Medical and sanitary report of the native army of Madras for the year
Year: 1872
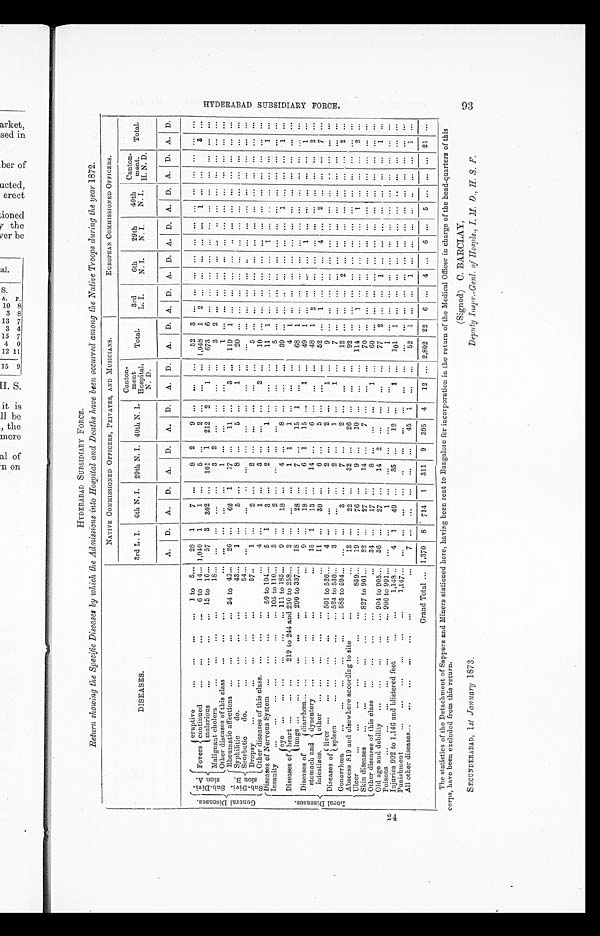
SECUNDERABAD, 1 st January 1873.
(Signed) C. BARCLAY,
Deputy Inspr.-Genl. of Hospls., I. M. D., H. S. F.
HYDERABAD SUBSIDIARY FORCE.
Return showing the Specific Diseases by which the Admissions into Hospital and Deaths have been occurred among the Native Troops during the year 1872.
DISEASES.
NATIVE COMMISSIONED OFFICERS, PRIVATES, AND MUSICIANS.
EUROPEAN COMMISSIONED OFFICERS.
3rd L. I. 6th N. I. 29th N. I. 40th N. L
Canton-
ment
Hospital,
N. D.
Total.
3rd
L. I.
6th
N. I.
29th
N. I.
40th
N. I.
Canton-
ment.
H N. D.
Total.
A. D. A. D. A. D.
A. D.
A. D.
A. D. A. D. A. D. A. D. A. D. A. D. A. D.
G e n e r a l D i s e a s e s .
S u b - D i v i - s i o n A .
Fevers
eruptive 1 to 5
28 1
7 ...
8 2
9 ...
. . . . . .
5 2
3
. . .
. . .
. . . . . .
. . .
. . .
. . .
. . .
. . .
. . .
. . .
. . .
continued 6 to 14 1,040 1
1
. . .
5
. . .
2 ...
...
... 1,048 1 2 ... ... ... ... ... 1
. . .
. . .
3
. . .
malarious 15 to 16
57 3 302 ... 101 1 212 2
1 ...
6 7 3
6
. . .
. . .
. . . . . .
. . .
. . .
. . .
. . .
. . .
. . .
. . .
. . .
Malignant cholera 18
...
...
. . . . . .
3 2 ... ... ...
...
3
2
. . .
. . .
. . . . . .
. . .
. . .
. . .
. . .
. . .
. . . . . .
. . .
Other diseases of this class
. . .
. . .
. . . . . .
1 ...
. . .
. . .
. . . ...
1
. . .
. . .
. . .
. . . . . .
. . .
. . .
. . .
. . .
. . .
. . .
. . .
. . .
S u b - D i v i - s i o n B .
Rheumatic affections 34 to 42
26 ...
62 1
17 ...
11 ...
3
. . . 119 1
. . .
. . .
. . .
. . .
. . .
. . .
. . .
. . .
. . .
. . .
. . .
. . .
Syphilitic
do.
43
1 ...
5 ...
8 ...
5 ...
1
. . .
2 0
. . .
. . .
. . .
. . . . . .
. . .
. . .
. . .
. . .
. . .
. . .
. . .
. . .
Scorbutic
do.
54
...
...
...
... ...
. . .
. . . ...
...
...
. . .
. . .
. . .
. . .
. . . . . .
. . .
. . . . . .
. . . ...
. . . ... ...
Dropsy
57
1
. . .
2 ....
2 ...
. . .
. . . ...
. . .
5
. . .
. . .
. . .
. . . . . .
. . .
. . .
. . .
. . .
. . .
. . .
. . .
. . .
Other diseases of this class.
4
. . .
1
. . .
3 ...
...
...
2
. . .
10
. . .
. . .
. . .
. . . . . .
. . .
. . .
. . .
. . .
. . .
. . .
. . .
. . .
L o c a l D i s e a s e s .
Diseases of Nervous System 59 to 104
5 1
3
. . .
2
. . .
1
. . .
. . .
. . . 11 1 ... ... ... ...
1
. . .
. . .
. . .
. . .
. . . 1
. . .
Insanity 105 to 110
3
. . .
2
. . .
. . . . . .
. . . ...
...
. . .
5
. . .
. . .
. . .
. . . . . .
. . .
. . .
. . .
. . .
. . .
. . .
. . .
. . .
Diseases of
eye 111 to 185
9 ...
18 ...
4 ...
8 ...
...
. . .
3 9
. . .
. . .
. . .
. . . . . .
. . .
. . .
1
. . .
. . .
. . . 1 ...
heart 219 to 244 and 250 to 258
2 ...
...
...
1 1
1 ...
...
...
4 1
. . .
. . .
. . .
. . .
. . .
. . .
. . . . . .
. . .
. . .
. . .
. . .
lungs 290 to 337
18
. . .
28
. . .
7
. . .
15 1
. . . . . .
68 1
. . .
. . .
. . . . . .
. . .
. . .
. . .
. . .
. . .
. . .
. . .
. . .
Diseases of
stomach an
d intestines.
diarrhœa
9 ...
18 ...
6 1
15
. . .
1 ...
4 9
1
. . .
. . .
. . . . . .
1
. . .
. . .
. . .
. . .
. . .
1
. . .
dysentery
15 1
13 ...
14 ...
6
. . .
. . . ...
4 8
1
2
. . .
. . . . . .
. . .
. . .
. . .
. . .
. . .
. . . 2
. . .
other
11
. . . 30
. . .
6 ...
5
. . .
. . .
. . .
5 2
. . .
1
. . .
. . . . . .
4
. . .
2
. . .
. . .
. . . 7
. . .
Diseases of liver
501 to 520
4
. . . ...
. . .
2
. . .
2
. . .
1
. . .
9
. . .
. . .
. . .
. . . . . .
. . .
. . .
. . .
. . .
. . .
. . .
. . .
. . .
spleen 524 to 530
3 ...
. . . ...
2 ...
1 ...
1 ...
7
. . .
. . .
. . .
. . . . . .
. . .
. . .
. . .
. . .
. . .
. . .
. . .
. . .
Gonorrhœa 585 to 594
...
. . .
3
. . .
7
. . .
2
. . .
. . . . . .
1 2
. . .
. . .
. . .
2
. . .
. . .
. . .
. . . . . . ...
. . . 2
. . .
Abscess 819 and elsewhere according to site
12
. . .
22 ...
32 ...
26
. . .
. . .
. . .
92
. . .
. . .
. . .
. . .
. . . . . .
. . .
. . .
. . .
. . .
. . .
. . .
. . .
Ulcer
859
19
. . .
76
. . .
9 ...
10
. . .
. . .
. . . 114
. . .
1
. . .
. . . . . .
. . .
. . .
1
. . .
. . .
. . . 2
. . .
Skin diseases 827 to 901
22 ...
27 ...
14
. . .
7 ...
. . . ...
70
. . .
. . .
. . .
. . . . . .
. . .
. . .
. . .
. . .
. . .
. . .
. . .
. . .
Other diseases of this class
34 ...
17 ...
8 ... ...
...
1 ...
60
. . .
. . .
. . .
. . . . . .
. . .
. . .
. . .
. . .
. . .
. . .
. . .
. . .
Old age and debility 904 to 905
36 ...
27 ...
14 2 ...
...
...
. . .
7 7
2
. . .
. . .
1
. . .
. . .
. . .
. . .
. . .
. . .
. . .
1 . . .
Poisons 906 to 991
... ...
1 ...
...
... ...
...
...
...
1
. . .
. . .
. . .
. . . . . .
. . .
. . .
. . .
. . .
. . .
. . .
. . .
. . .
Injuries 992 to 1,146 and blistered feet 1,148
4 1
49
. . .
35
. . .
12 ...
1 ...
1 0 1
1
. . .
. . .
. . . . . .
. . .
. . .
. . .
. . .
. . .
. . .
. . .
. . .
Punishment 1,147
...
...
. . .
. . .
. . . ...
. . . ...
. . .
. . .
. . .
. . .
. . .
. . .
. . . . . .
. . .
. . .
. . .
. . .
. . .
. . .
. . .
. . .
All other diseases
7 ...
. . . . . .
. . .
. . .
45 1
. . .
. . .
...
52 1
. . .
. . . 1
. . .
. . . ...
. . .
. . . ...
. . . 1
. . .
Grand Total
1,370 8 714 1 311 9 395 4
12 ... 2,802 22 6 ... 4 ...
6 ... 5 ... ... ... 21 ...
The statistics of the Detachment of Sappers and Miners stationed here, having been sent to Bangalore for incorporation in the return of the Medical Officer in charge of the head-quarters of this
corps, have been excluded from this return.